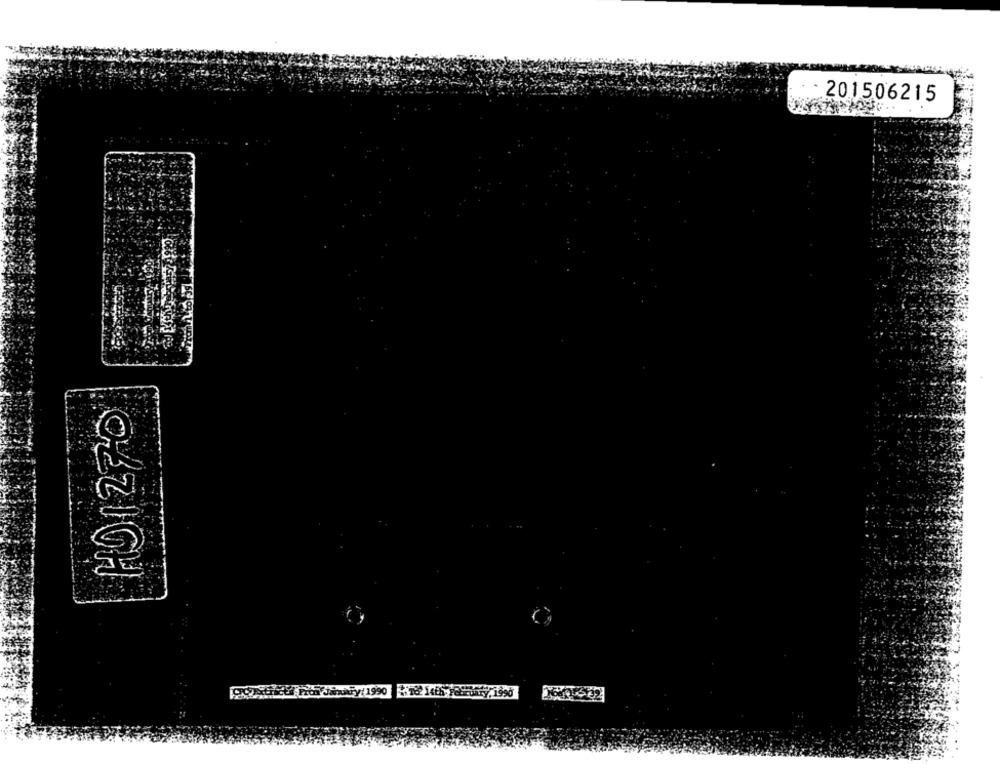
201506215